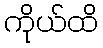
ကိုယ်ထိ